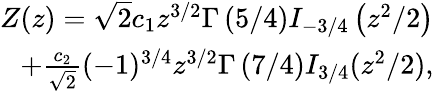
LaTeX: \begin{array}{r}{Z(z)=\sqrt{2}c_{1}z^{3/2}\Gamma\left(5/4\right)I_{-3/4}\left(z^{2}/2\right)}\\ {+\frac{c_{2}}{\sqrt{2}}(-1)^{3/4}z^{3/2}\Gamma\left(7/4\right)I_{3/4}(z^{2}/2),}\end{array}